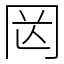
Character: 㒺